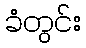
ခံတွင်း